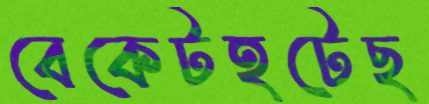
বেকেটহটেছ